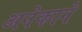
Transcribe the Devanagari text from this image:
अनेकाने